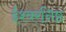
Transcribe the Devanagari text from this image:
ईश्वरनिष्ठ